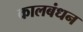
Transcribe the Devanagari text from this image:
कालबंधन